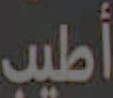
أطيب